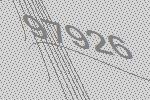
97926